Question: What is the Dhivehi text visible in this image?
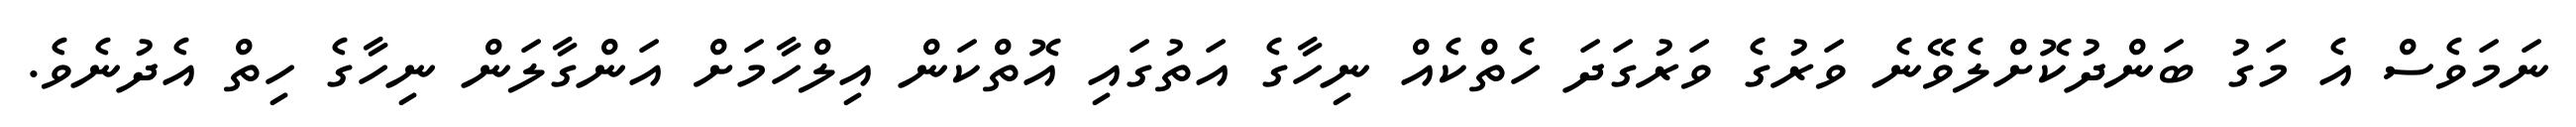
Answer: ނަމަވެސް އެ މަގު ބަންދުކޮށްލެވޭނެ ވަރުގެ ވަރުގަދަ ހެތްކެއް ނިހާގެ އަތުގައި އޮތްކަން އިލްހާމަށް އަންގާލަން ނިހާގެ ހިތް އެދުނެވެ.